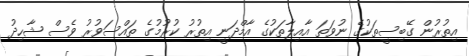
އިތުރުން ގޭބިސީތަކުގެ ނުވަތަ އާއިލާތަކުގެ އާމްދަނީ އިތުރު ކުރުމުގެ ތައްސަވުރު ވެސް ޝާހިދު